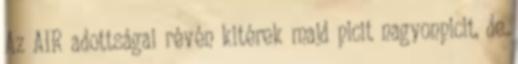
Az AIR adottságai révén kitérek majd picit nagyonpicit, de